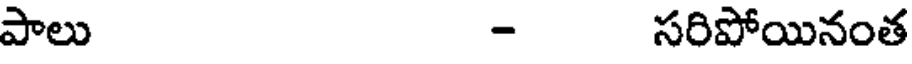
పాలు - సరిపోయినంత